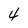
Character: 4